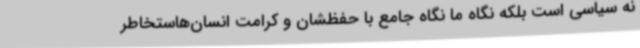
نه سیاسی است بلکه نگاه ما نگاه جامع با حفظشان و کرامت انسان‌هاستخاطر